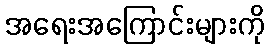
အရေးအကြောင်းများကို